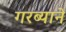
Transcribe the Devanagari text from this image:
गरब्याने